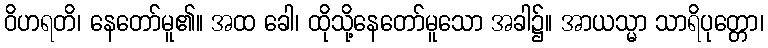
ဝိဟရတိ၊ နေတော်မူ၏။ အထ ခေါ၊ ထိုသို့နေတော်မူသော အခါ၌။ အာယသ္မာ သာရိပုတ္တော၊